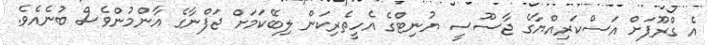
އެ ގްރޫޕަށް އަސްކަރިއްޔާގެ ޖާސޫސީ ޔުނިޓްގެ އެހީތެރިކަން ލިބޭކަމަށް ޖަފްނާގެ އާންމުންވެސް ބުނެއެވެ.